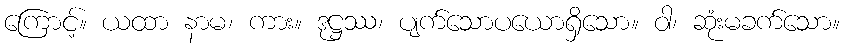
ကြောင့်။ ယထာ နာမ၊ ကား။ ဒုဋ္ဌဿ၊ ပျက်သောပယောရှိသော။ ဝါ၊ ဆုံးမခက်သော။